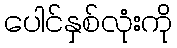
ပေါင်နှစ်လုံးကို